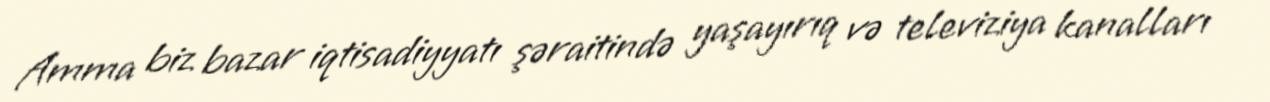
Amma biz bazar iqtisadiyyatı şəraitində yaşayırıq və televiziya kanalları